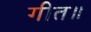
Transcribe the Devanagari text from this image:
गीत॥